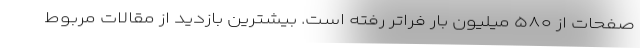
صفحات از ۵۸۰ میلیون بار فراتر رفته است. بیشترین بازدید از مقالات مربوط